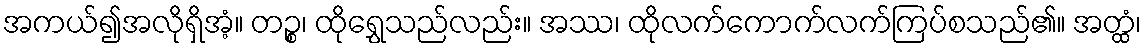
အကယ်၍အလိုရှိအံ့။ တဉ္စ၊ ထိုရွှေသည်လည်း။ အဿ၊ ထိုလက်ကောက်လက်ကြပ်စသည်၏။ အတ္ထံ၊